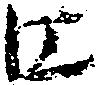
江